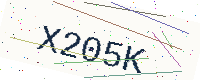
Text: X205K